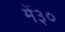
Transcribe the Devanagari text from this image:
में३०